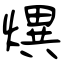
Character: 熼